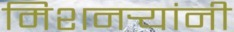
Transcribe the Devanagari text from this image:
मिशनर्‍यांनी